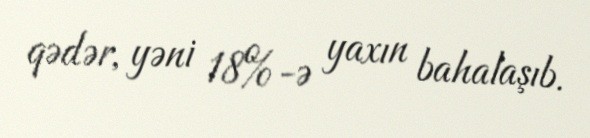
qədər, yəni 18%-ə yaxın bahalaşıb.